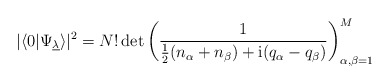
\begin{align*} |\langle 0|\Psi_{\underline{\lambda}}\rangle |^2 = N! \det\left( \frac{1}{\frac12 (n_{\alpha}+n_{\beta})+\mathrm{i}(q_\alpha-q_\beta)} \right)_{\alpha,\beta=1}^M\end{align*}